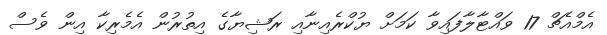
އެމްއެޗް 17 ވައްޓާލާފައިވާ ކަމަށް ޔުކްރެއިނާއި ރަޝިޔާގެ އިތުރުން އެމެރިކާ އިން ވެސް